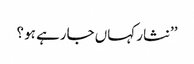
’’نثار کہاں جارہے ہو ؟